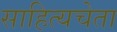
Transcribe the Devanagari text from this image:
साहित्यचेता